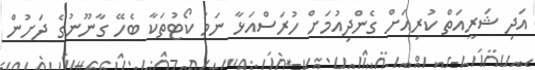
އަދި ޝަރީއަތް ކުރިއަށް ގެންދިއުމަށް ހުރަސްއަޅާ ނަމަ ކޯޓުތަކާ ބެހޭ ގާނޫނުގެ ދަށުން